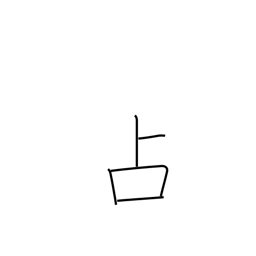
Meaning: fortune-telling